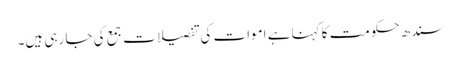
سندھ حکومت کا کہنا ہے اموات کی تفصیلات جمع کی جا رہی ہیں۔